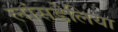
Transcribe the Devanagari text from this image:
लांसडेलिया